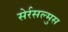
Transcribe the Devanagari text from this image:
सेर्रसल्मुस